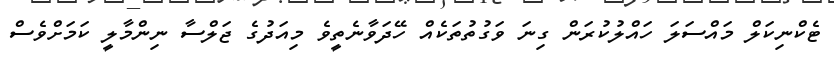
ޓެކްނިކަލް މައްސަލަ ހައްލުކުރަން ގިނަ ވަގުތުތަކެއް ހޭދަވާނެތީވެ މިއަދުގެ ޖަލްސާ ނިންމާލީ ކަމަށްވެސް